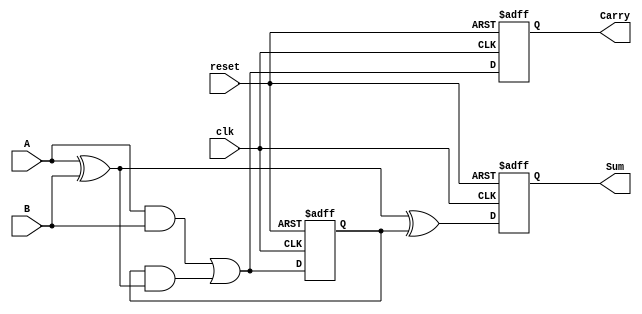
module SequentialHalfAdder (
    input wire clk,        // Clock input
    input wire reset,      // Asynchronous reset input
    input wire A,          // First input bit
    input wire B,          // Second input bit
    output reg Sum,        // Sum output
    output reg Carry       // Carry output
);

    // Internal register to hold the previous carry state
    reg previous_carry;

    // Always block triggered on clock edge
    always @(posedge clk or posedge reset) begin
        if (reset) begin
            // Reset the state of Sum and Carry
            Sum <= 0;
            Carry <= 0;
            previous_carry <= 0;
        end else begin
            // Calculate the new Sum and Carry values
            Sum <= A ^ B ^ previous_carry;            // Sum is A XOR B XOR previous carry
            Carry <= (A & B) | (previous_carry & (A ^ B)); // Carry is determined by the ANDs and the previous carry
            previous_carry <= (A & B) | (previous_carry & (A ^ B)); // Update previous carry for next cycle
        end
    end

endmodule